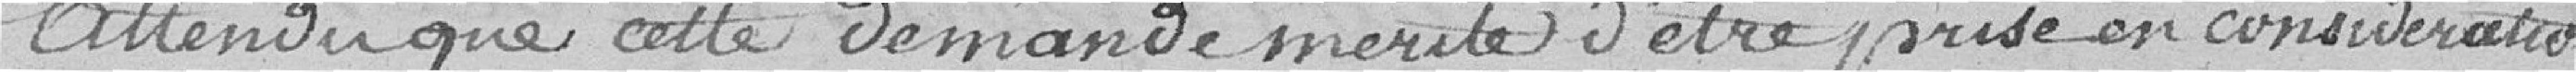
Attendu que cette demande mérite d'être prise en considération,